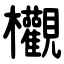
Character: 欟